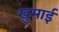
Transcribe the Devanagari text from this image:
खुमाई